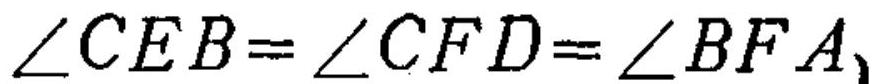
\(\angle CEB=\angle CFD=\angle BFA\)